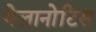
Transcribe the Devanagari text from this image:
मेलानोटिस